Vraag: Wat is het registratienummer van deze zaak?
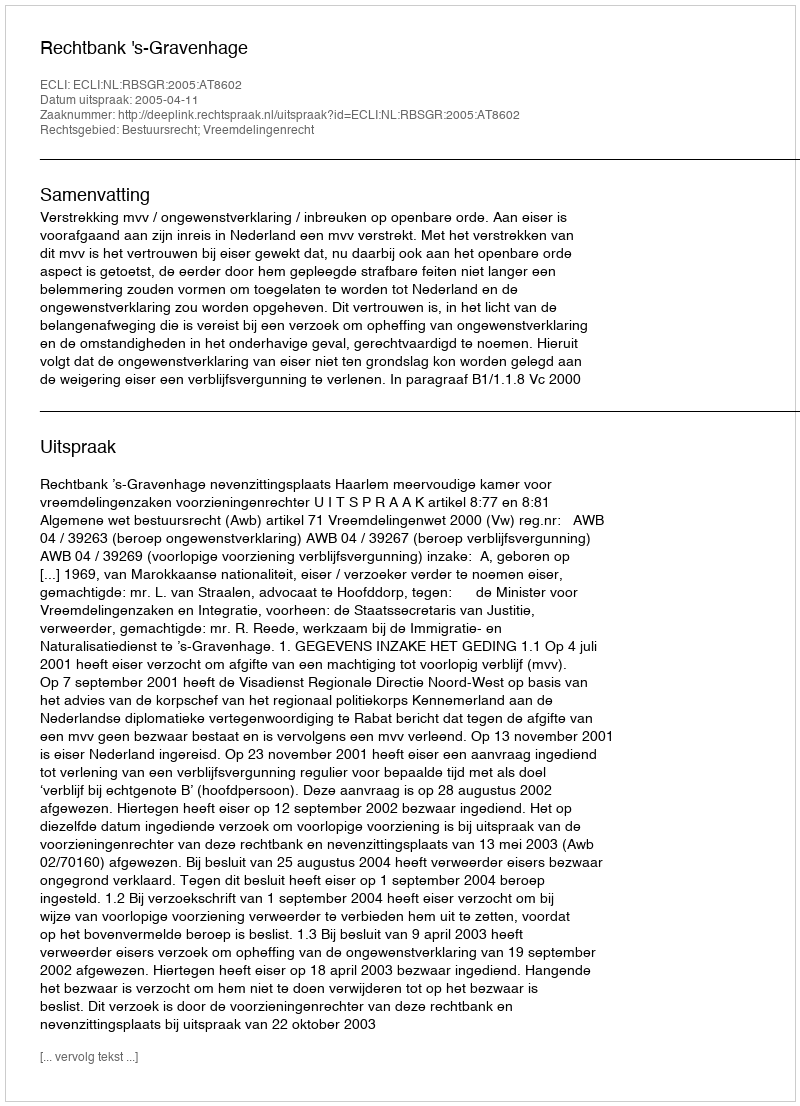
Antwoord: http://deeplink.rechtspraak.nl/uitspraak?id=ECLI:NL:RBSGR:2005:AT8602